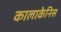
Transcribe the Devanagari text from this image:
कालाकेनिस